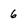
Character: 6